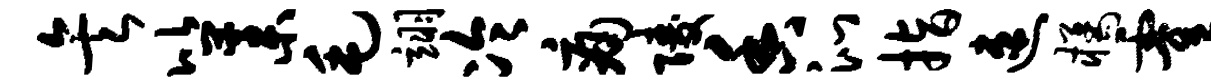
矣比藁毛翊冷痛陵香沁指速橘霍